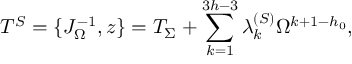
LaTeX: T ^ { S } = \{ J _ { \Omega } ^ { - 1 } , z \} = { \cal T } _ { \Sigma } + \sum _ { k = 1 } ^ { 3 h - 3 } \lambda _ { k } ^ { ( S ) } \Omega ^ { k + 1 - h _ { 0 } } ,